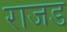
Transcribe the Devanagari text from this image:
राजड